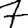
Digit: 7